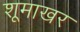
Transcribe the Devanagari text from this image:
शूमाखर